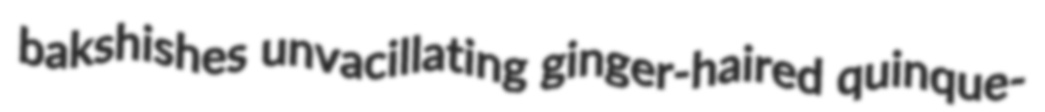
bakshishes unvacillating ginger-haired quinque-